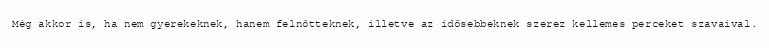
Még akkor is, ha nem gyerekeknek, hanem felnőtteknek, illetve az idősebbeknek szerez kellemes perceket szavaival.